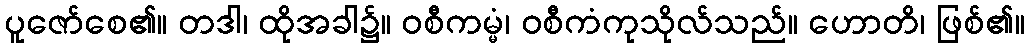
ပူဇော်စေ၏။ တဒါ၊ ထိုအခါ၌။ ဝစီကမ္မံ၊ ဝစီကံကုသိုလ်သည်။ ဟောတိ၊ ဖြစ်၏။